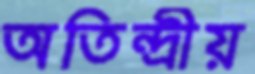
অতিন্দ্রীয়